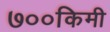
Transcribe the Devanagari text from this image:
७००किमी